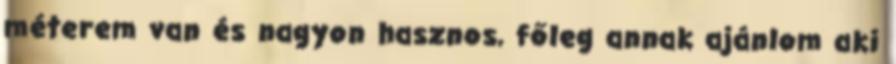
méterem van és nagyon hasznos, főleg annak ajánlom aki